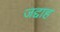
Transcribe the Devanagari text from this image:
जद्दाह